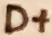
Text: D+